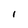
Character: I